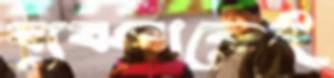
ব্যবসাকেই